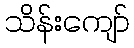
သိန်းကျော်